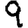
Digit: 9